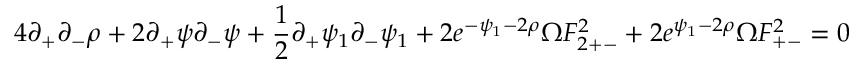
4 \partial _ { + } \partial _ { - } \rho + 2 \partial _ { + } \psi \partial _ { - } \psi + \frac { 1 } { 2 } \partial _ { + } \psi _ { 1 } \partial _ { - } \psi _ { 1 } + 2 e ^ { - \psi _ { 1 } - 2 \rho } \Omega F _ { 2 + - } ^ { 2 } + 2 e ^ { \psi _ { 1 } - 2 \rho } \Omega F _ { + - } ^ { 2 } = 0